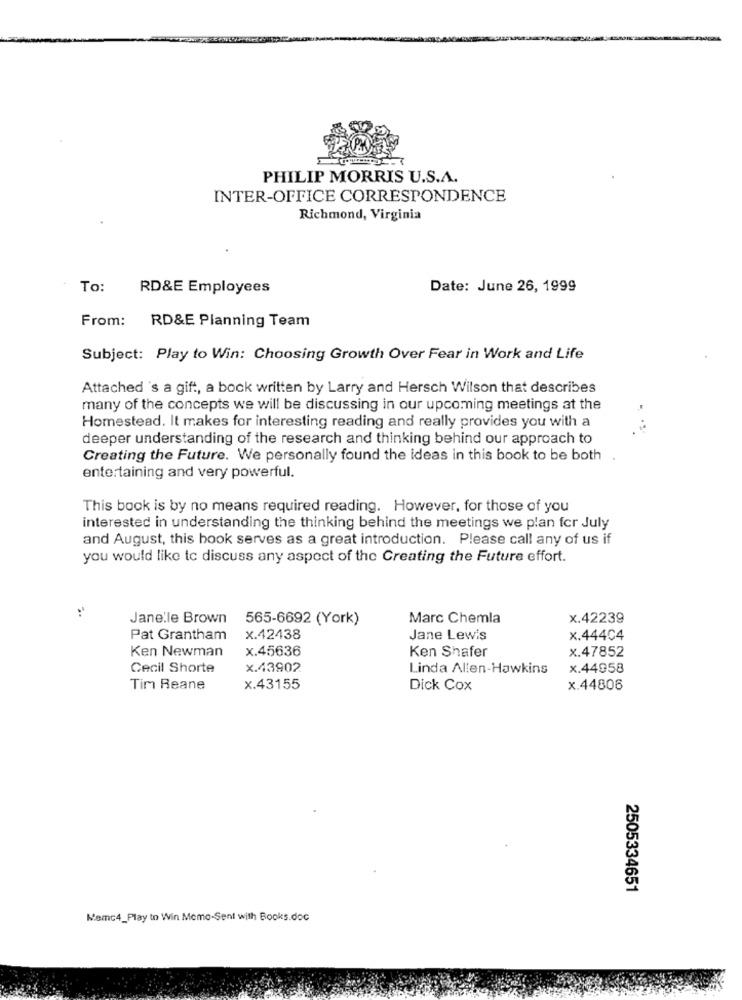
PHILIP MORRIS U.S.A.
INTER-OFFICE CORRESPONDENCE
Richmond, Virginia
To:
RD&E Employees
Date: June 26, 1999
From: RD&E Planning Team
Subject: Play to Win: Choosing Growth Over Fear in Work and Life
Attached's a gift, a bock written by Larry and Hersch Wilson that describes
many of the concepts we will be discussing in our upcoming meetings at the
Homestead. It makes for interesting reading and really provides you with a
deeper understanding of the research and thinking behind our approach to
Creating the Future. We personally found the ideas in this book to be both
entertaining and very powerful.
This book is by no means required reading. However, for those of you
interested in understanding the thinking behind the meetings we plan for July
and August, this book serves as a great introduction. Please call any of us if
you would like to discuss any aspect of the Creating the Future effort.
Janelle Brown
565-6692 (York)
Marc Chemla
x.42239
Pat Grantham
x.42438
Jane Lewis
x.444C4
Ken Newman
x.45636
Ken Shafer
x.47852
Cecil Shorte
x.43902
Linda Allen-Hawkins
x.44958
Tim Reane
x.43155
Dick Cox
x.44806
2505334651
Memc4_Play to Win Memo-Sent with Books.doc